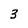
Character: 3